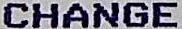
CHANGE